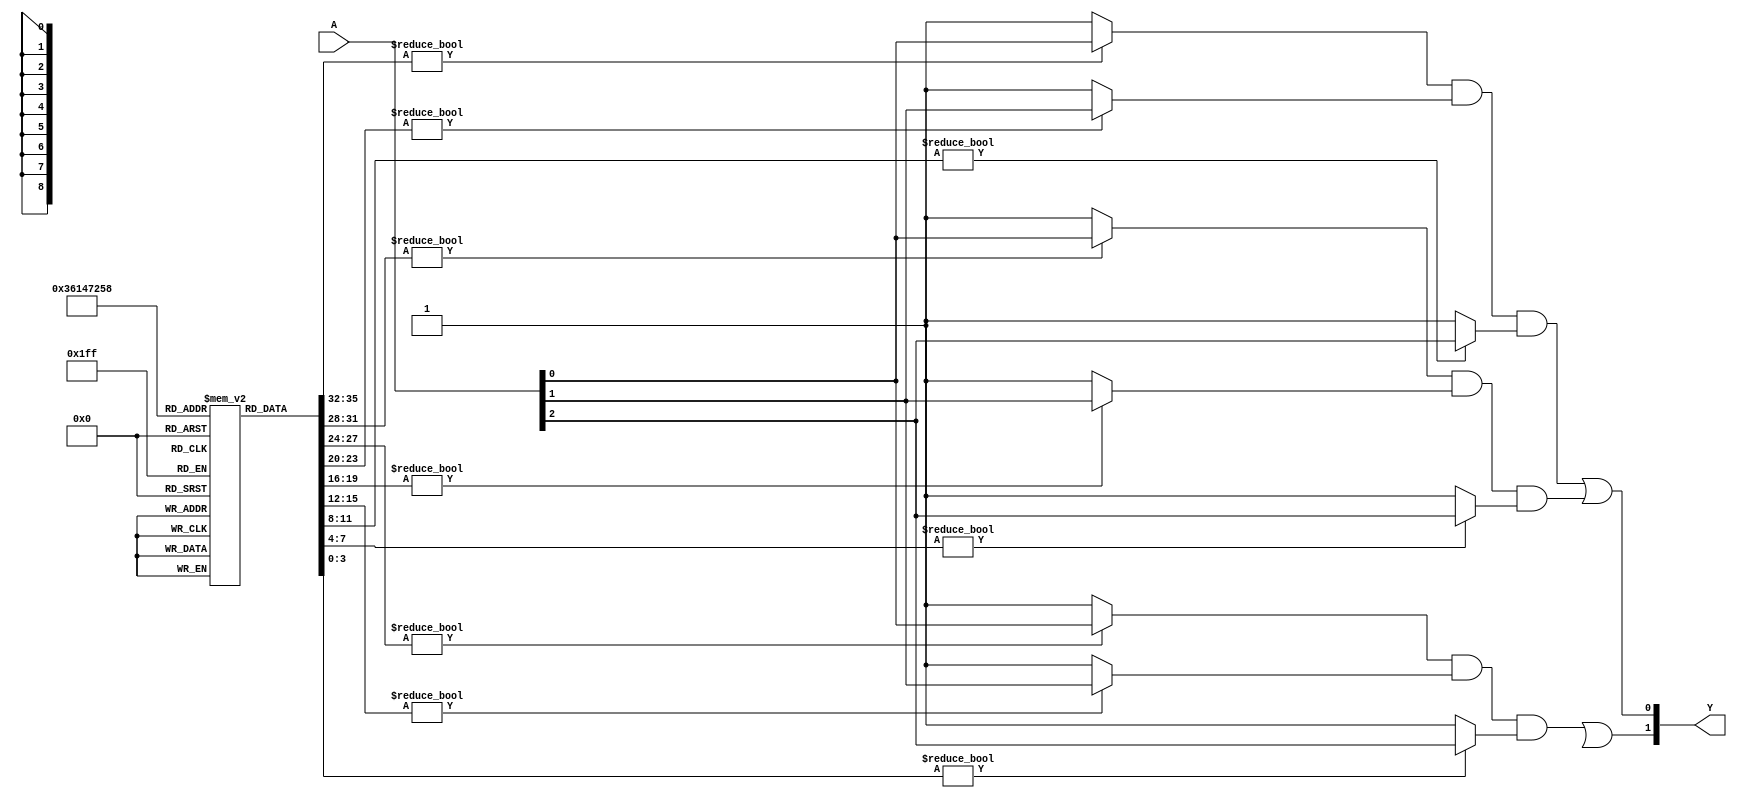
module PAL (
    input wire [N-1:0] A,    // Input signals (N inputs)
    output wire [M-1:0] Y     // Output signals (M outputs)
);

// Parameters for number of AND gates and OR gates
parameter NUM_AND_GATES = 4; // Number of programmable AND gates
parameter NUM_OR_GATES = 2;   // Number of fixed OR gates
parameter N = 3;              // Number of input signals
parameter M = 2;              // Number of output signals

// Declare the programmable AND gates
reg [NUM_AND_GATES-1:0] and_outputs [N-1:0]; // AND outputs for each gate

// Programming function to set the AND array
// 'program' is a 2D array where each entry represents connections for AND gates
// Example: 
// program[AND_gate][input] = 1 means input is connected to AND_gate
reg [NUM_AND_GATES-1:0] program [NUM_AND_GATES-1:0][N-1:0];

// OR gate outputs
wire [NUM_OR_GATES-1:0] or_outputs [NUM_AND_GATES-1:0];

// Generate the outputs of the AND gates based on the programming
genvar i, j;
generate
    for (i = 0; i < NUM_AND_GATES; i = i + 1) begin : and_logic
        assign and_outputs[i] = (program[i][0] ? A[0] : 1'b1) &
                                 (program[i][1] ? A[1] : 1'b1) &
                                 (program[i][2] ? A[2] : 1'b1);
    end
endgenerate

// Fixed OR array combining the outputs of AND gates
assign Y[0] = and_outputs[0] | and_outputs[1];  // Output Y1
assign Y[1] = and_outputs[2] | and_outputs[3];  // Output Y2

// To program the AND gates, you can define a task or initial block
task program_and_array();
    // Example programming: 
    // Program the AND gates as desired (1 to connect, 0 to disconnect)
    // Example:
    // Program the first AND gate to take inputs A[0] and A[1]
    program[0][0] = 1;   // Connect A[0]
    program[0][1] = 1;   // Connect A[1]
    program[0][2] = 0;   // Do not connect A[2]

    // Program the second AND gate to take inputs A[1] and A[2]
    program[1][0] = 0;   // Do not connect A[0]
    program[1][1] = 1;   // Connect A[1]
    program[1][2] = 1;   // Connect A[2]

    // Continue programming for other AND gates as required
    // ...
endtask

initial begin
    // Call the programming method (execute programming)
    program_and_array();
end

endmodule